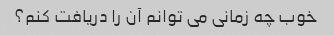
خوب چه زمانی می توانم آن را دریافت کنم؟